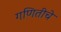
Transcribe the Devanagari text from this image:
गणितीचे